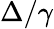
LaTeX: \Delta/\gamma